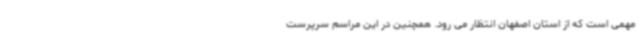
مهمی است که از استان اصفهان انتظار می رود. همچنین در این مراسم سرپرست